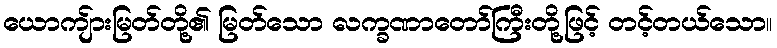
ယောကျ်ားမြတ်တို့၏ မြတ်သော လက္ခဏာတော်ကြီးတို့ဖြင့် တင့်တယ်သော။